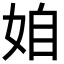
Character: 𡜍